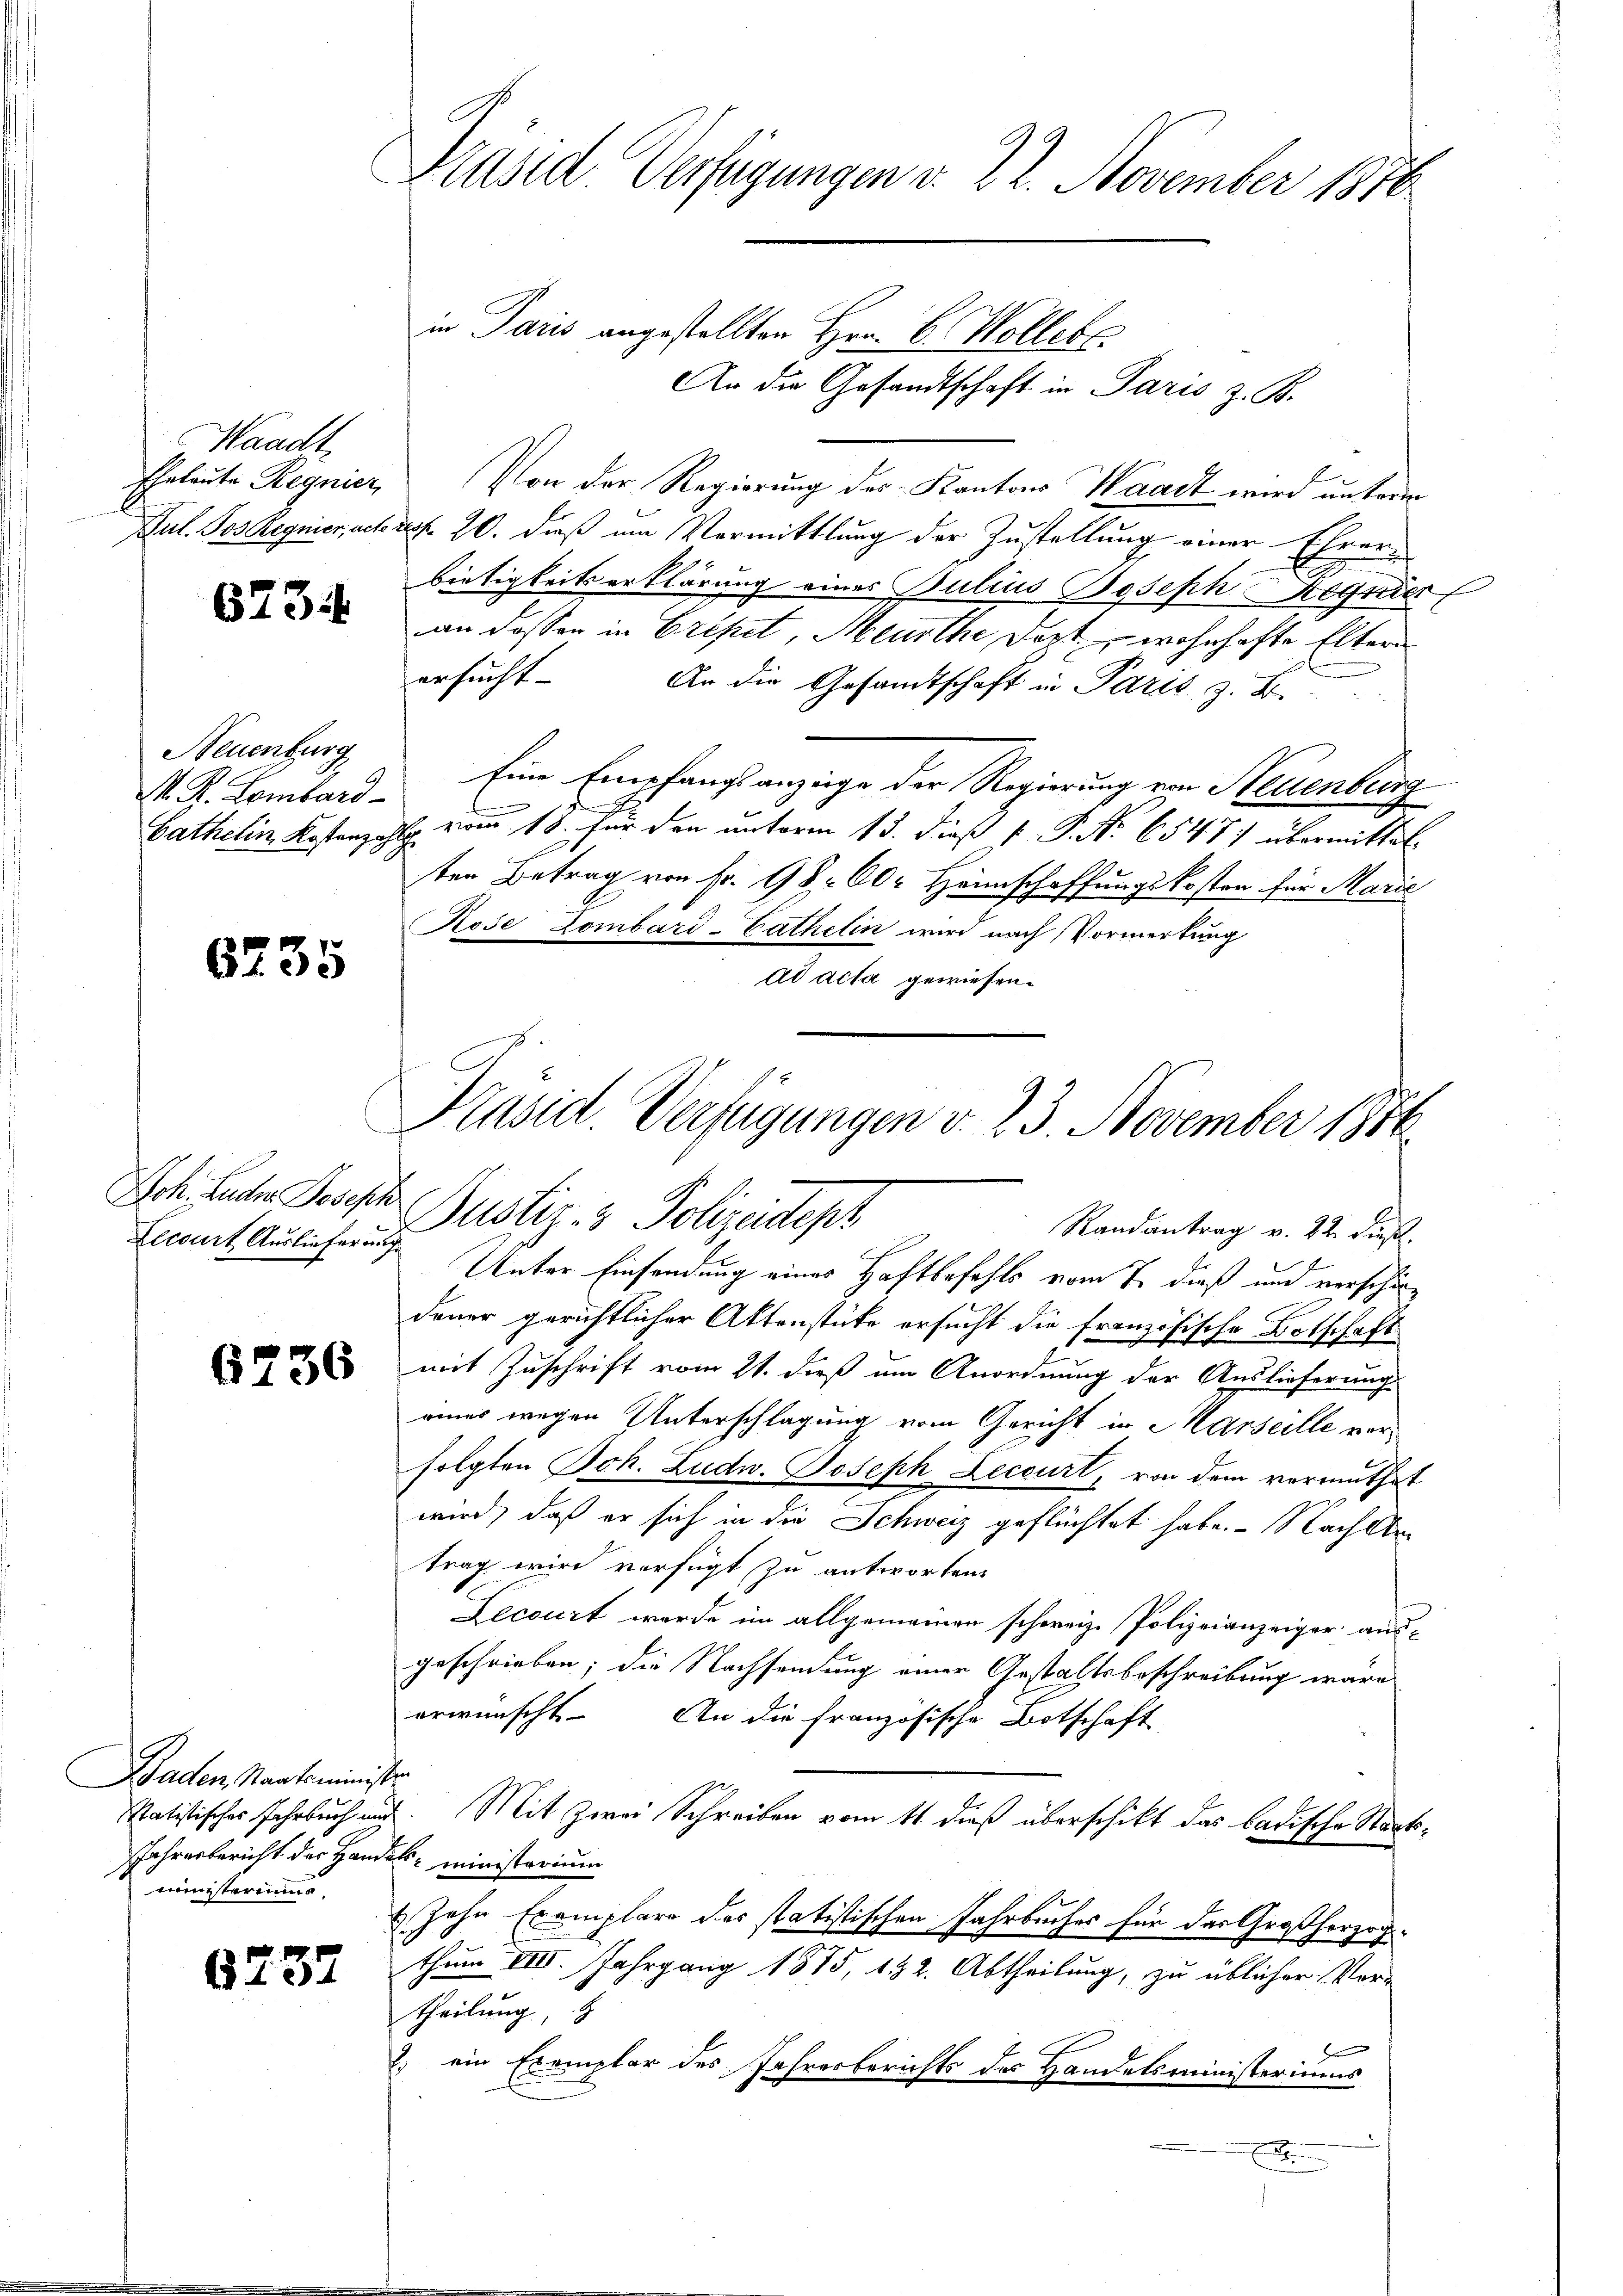
Waadt,
Eheleute Regnier

6734

Neuenburg
M. R. Lombard

6235

Joh. Luder Joseph
Lecourt Auslieferung

6236

Baden, Staatsminist
Jahresbericht der Hamministeriums.

6237

Präsid. Verfügungen v. 22. November 1876

in Paris angestellten Hrn. C. Woller.
Von der Regierung des Kantons Waadt wird unterm
Jul. Jos Regnier, acteress 20. dieß um Vermittlung der Zustellung einer Ehrer-
bietigkeitserklärung eines Julius Joseph Regnier
an dessen in Eripet, Meurthe dort, wohnhafte Eltern
ersucht.
An die Gesandtschaft in Paris z.
Eine Empfangsanzüge der Regierung von Neuenburg
1
Bathelin Kostenzahl vom 18. für den unterm 13. dieß P. P. Nr. 6547) übermittelten Betrag von Fr. 98. 60. Heimschaffungskosten für Marić
Rose Lombard-Cathetin wird nach Vormerkung
ad acta gewiesen.
Präsid. Verfügungen v. 23. November 1886

An die Gesandtschaft in Paris z. B.

Justiz- & Polizeidept
Randantrag v. 22. Fürstl.

Unter Einsendung eines Haftbefehls vom 7. dieß und verschärdener gerichtlicher Aktenstüke ersucht die französische Botschaft
mit Zuschrift vom 21. dieß um Anordnung der Auslieferung
eines wegen Unterschlagung vom Gericht in Marseille vorfolgten Joh. Ludw. Joseph Lecourt, von dem vermuthet
wird, daß er sich in die Schweiz geflüchtet habe. Nach den
trag wird verfügt zu antworten.
Lecourt werde im allgemeinen schweiz. Polizeianzeiger ausgeschrieben; die Nachsendung einer Gestaltsbeschreibung wäre
erwünscht. An die französische Botschaft
h
Statistischer Fahrbuch und. Mit Zwei Schreiben vom 11. dieß überschikt das badische Staats¬
 ministerium
 Zahn Exemplare des statistischen Jahrbuches für das Großherzogthum VIII. Jahrgang 1875, 132. Abtheilung, zu üblicher Ver-
theilung,
2. ein Exemplar des Jahresberichts des Handelsministeriums
.